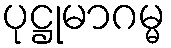
ပုဋ္ဌုမာဂမ္မ